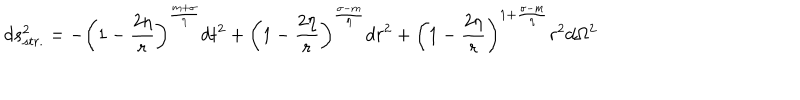
d s _ { s t r . } ^ { 2 } = - \left( 1 - \frac { 2 \eta } { r } \right) ^ { \frac { m + \sigma } { \eta } } d t ^ { 2 } + \left( 1 - \frac { 2 \eta } { r } \right) ^ { \frac { \sigma - m } { \eta } } d r ^ { 2 } + \left( 1 - \frac { 2 \eta } { r } \right) ^ { 1 + \frac { \sigma - m } { \eta } } r ^ { 2 } d \Omega ^ { 2 }